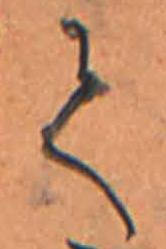
て